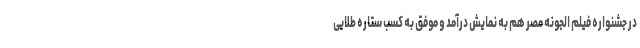
در جشنواره فیلم الجونه مصر هم به نمایش درآمد و موفق به کسب ستاره طلایی